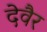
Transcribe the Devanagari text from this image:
देवैर